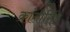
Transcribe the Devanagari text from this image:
क्रांतीसिंह